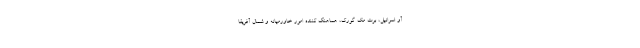
آو اسرائیل، برت مک گورک، هماهنگ کننده امور خاورمیانه و شمال آفریقا